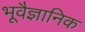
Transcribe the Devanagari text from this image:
भूवैज्ञानिक